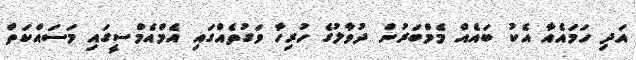
އަދި ހަމައެއާ އެކު ބައެއް މެމްބަރުން ދުވާލުގެ ހުރިހާ ވަގުތެއްގައި އެމްއެމްސީގައި މަސައްކަތް